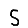
Digit: 5